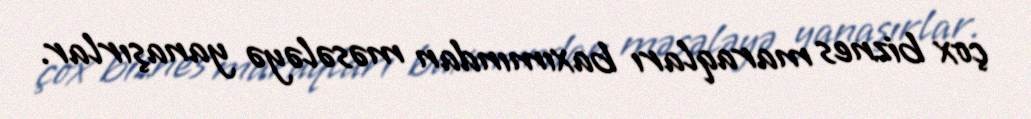
çox biznes maraqları baxımından məsələyə yanaşırlar.